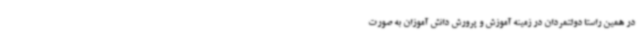
در همین راستا دولتمردان در زمینه آموزش و پرورش دانش آموزان به صورت